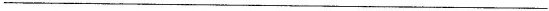
___